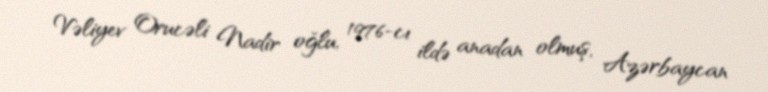
Vəliyev Orucəli Nadir oğlu, 1976-cı ildə anadan olmuş, Azərbaycan